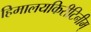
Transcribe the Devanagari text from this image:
हिमालयकिरीटिनीम्